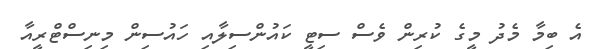
އެ ބިމާ މެދު މީގެ ކުރިން ވެސް ސިޓީ ކައުންސިލާއި ހައުސިން މިނިސްޓްރީއާ